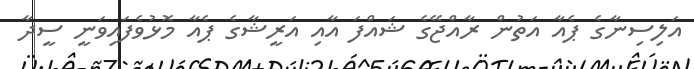
އަލިސިނާގެ ޕެއާ އަތުން ރާއްޖޭގެ ޝައްފަ އާއި އަރީޝާގެ ޕެއާ މޮޅުވެފައިވަނީ ސީދާ